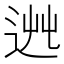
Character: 𨒯